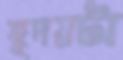
হূদয়টা